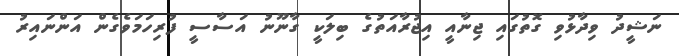
ނަޝީދު ވިދާޅުވި ގޮތުގައި ޖިނާއީ އިޖުރާއަތުގެ ބިލަކީ ގާނޫނު އަސާސީ ފުރިހަމަވެގެން އަންނައިރު